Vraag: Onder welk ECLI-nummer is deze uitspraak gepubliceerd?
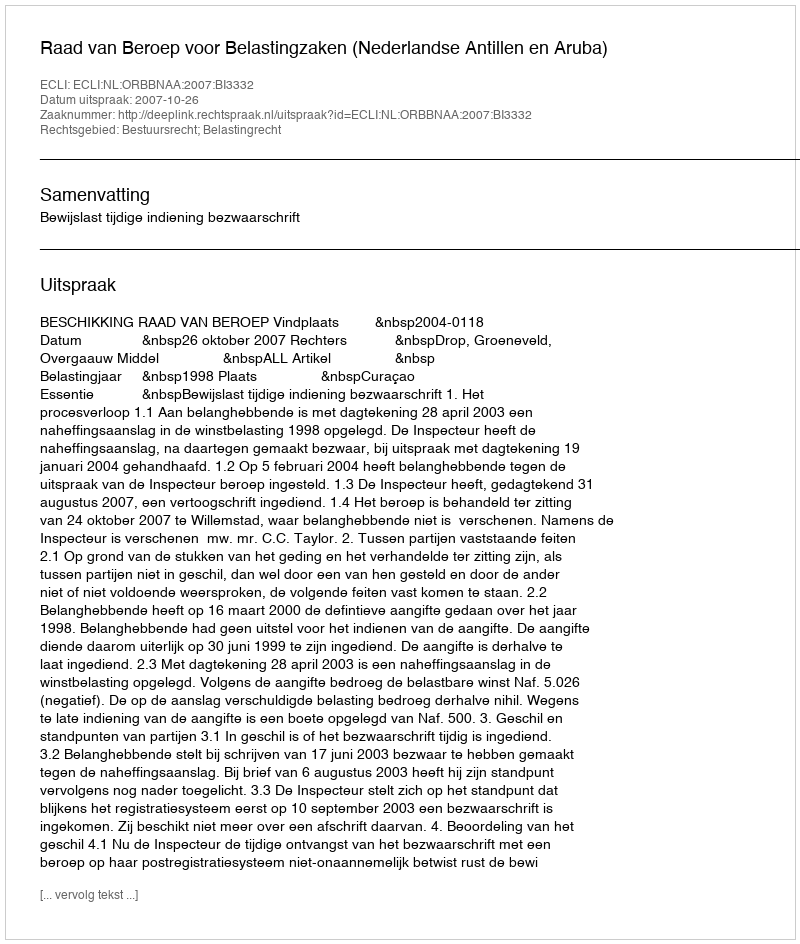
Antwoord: ECLI:NL:ORBBNAA:2007:BI3332